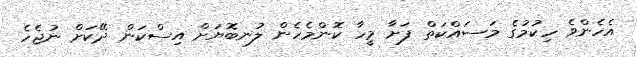
އެހެންވެ ހިކުުމުގެ މަސައްކަތް ފަށާ މީހާ ކޮންމެހެން ލުނބޮޔަށް އިސްކަން ދޭކަށް ނުޖެހެ